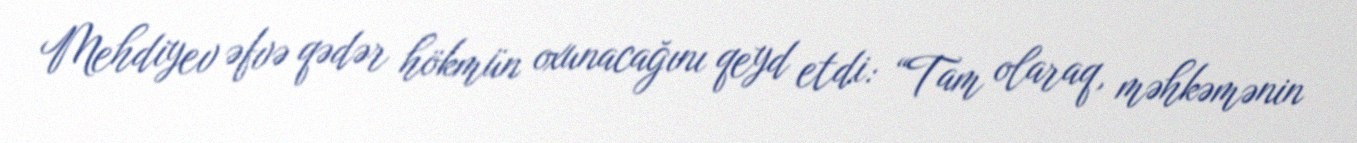
Mehdiyev əfvə qədər hökmün oxunacağını qeyd etdi: “Tam olaraq, məhkəmənin